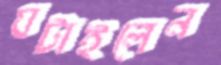
ঘটাইলেন